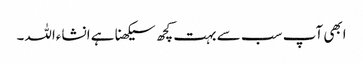
ابھی آپ سب سے بہت کچھ سیکھنا ہے انشاءاللہ۔